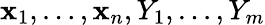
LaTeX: \mathbf{x}_{1},\dots,\mathbf{x}_{n},Y_{1},\dots,Y_{m}